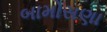
બામોસણા